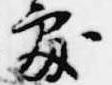
処